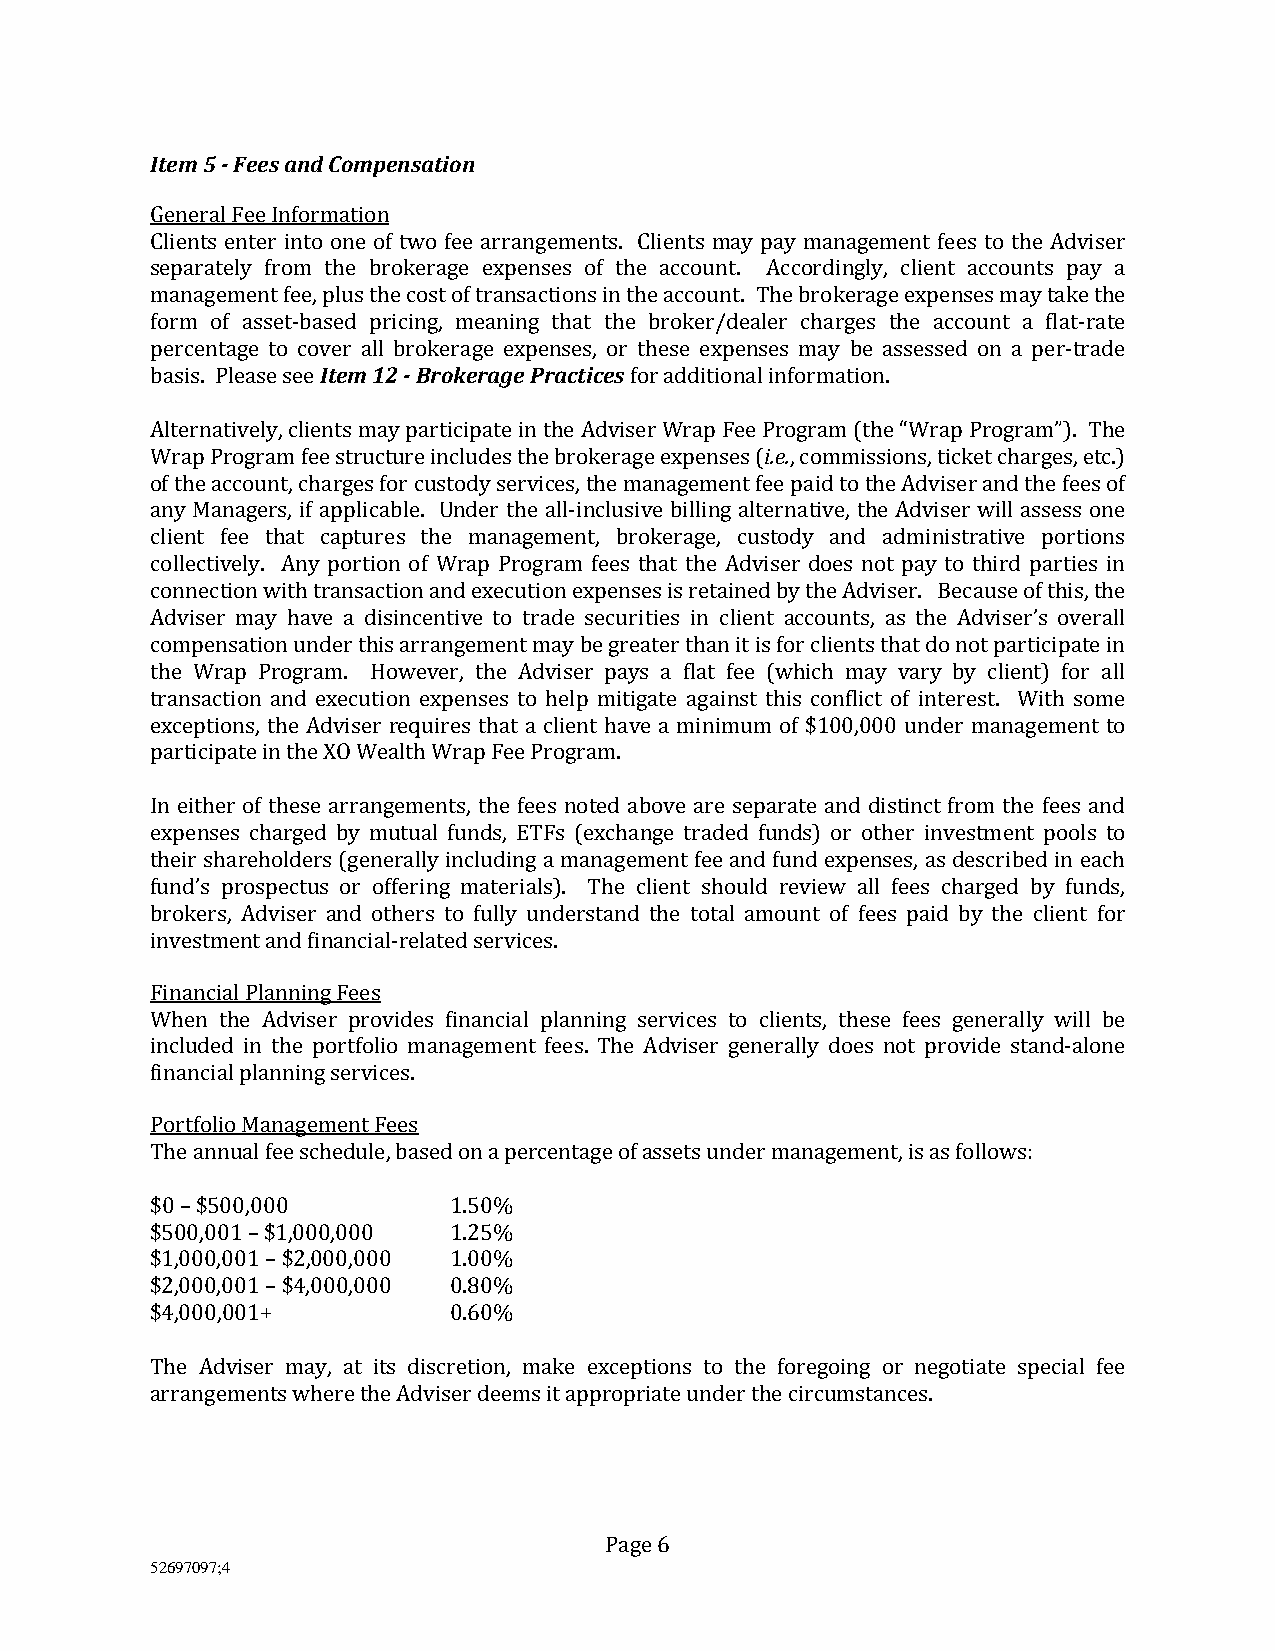
Item 5 - Fees and Compensation
 General Fee Information
 Clients enter into one of two fee arrangements. Clients may pay management fees to the Adviser
 separately from the brokerage expenses of the account. Accordingly, client accounts pay a
 management fee, plus the cost of transactions in the account. The brokerage expenses may take the
 form of asset-based pricing, meaning that the broker/dealer charges the account a flat-rate
 percentage to cover all brokerage expenses, or these expenses may be assessed on a per-trade
 basis. Please see Item 12 - Brokerage Practices for additional information.
 Alternatively, clients may participate in the Adviser Wrap Fee Program (the “Wrap Program”). The
 Wrap Program fee structure includes the brokerage expenses (i.e., commissions, ticket charges, etc.)
 of the account, charges for custody services, the management fee paid to the Adviser and the fees of
 any Managers, if applicable. Under the all-inclusive billing alternative, the Adviser will assess one
 client fee that captures the management, brokerage, custody and administrative portions
 collectively. Any portion of Wrap Program fees that the Adviser does not pay to third parties in
 connection with transaction and execution expenses is retained by the Adviser. Because of this, the
 Adviser may have a disincentive to trade securities in client accounts, as the Adviser’s overall
 compensation under this arrangement may be greater than it is for clients that do not participate in
 the Wrap Program. However, the Adviser pays a flat fee (which may vary by client) for all
 transaction and execution expenses to help mitigate against this conflict of interest. With some
 exceptions, the Adviser requires that a client have a minimum of $100,000 under management to
 participate in the XO Wealth Wrap Fee Program.
 In either of these arrangements, the fees noted above are separate and distinct from the fees and
 expenses charged by mutual funds, ETFs (exchange traded funds) or other investment pools to
 their shareholders (generally including a management fee and fund expenses, as described in each
 fund’s prospectus or offering materials). The client should review all fees charged by funds,
 brokers, Adviser and others to fully understand the total amount of fees paid by the client for
 investment and financial-related services.
 Financial Planning Fees
 When the Adviser provides financial planning services to clients, these fees generally will be
 included in the portfolio management fees. The Adviser generally does not provide stand-alone
 financial planning services.
 Portfolio Management Fees
 The annual fee schedule, based on a percentage of assets under management, is as follows:
 $0 – $500,000       1.50%
 $500,001 – $1,000,000 1.25%
 $1,000,001 – $2,000,000 1.00%
 $2,000,001 – $4,000,000 0.80%
 $4,000,001+         0.60%
 The Adviser may, at its discretion, make exceptions to the foregoing or negotiate special fee
 arrangements where the Adviser deems it appropriate under the circumstances.
 Page 6
 52697097;4